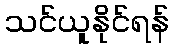
သင်ယူနိုင်ရန်